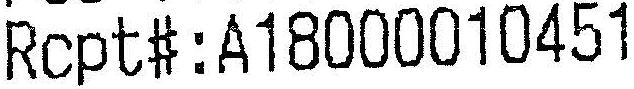
RCPT#:A18000010451